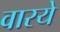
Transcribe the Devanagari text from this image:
वारये